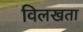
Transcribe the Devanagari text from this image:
विलखता